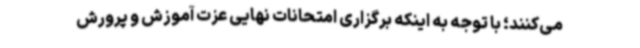
می‌کنند؛ با توجه به اینکه برگزاری امتحانات نهایی عزت آموزش و پرورش